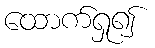
ထောက်ရှု၍